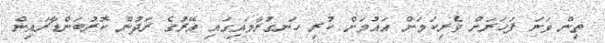
ތިން ވަނަ ފަހަރަށް ވެރިކަމަށް އައުމަށް ކުރި ހަނގުރާމައިގައި އޭރުގެ ރަދުން ކޮރުބަންޑާރައިން